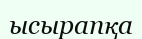
ысырапқа